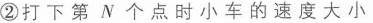
②打下第N个点时小车的速度大小